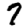
Digit: 7